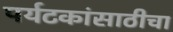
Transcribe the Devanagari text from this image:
पर्यटकांसाठीचा